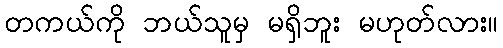
တကယ်ကို ဘယ်သူမှ မရှိဘူး မဟုတ်လား။